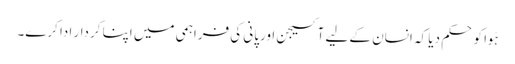
ہَوا کو حکم دیا کہ انسان کے لیے آکسیجن اورپانی کی فراہمی میں اپنا کردار ادا کرے۔